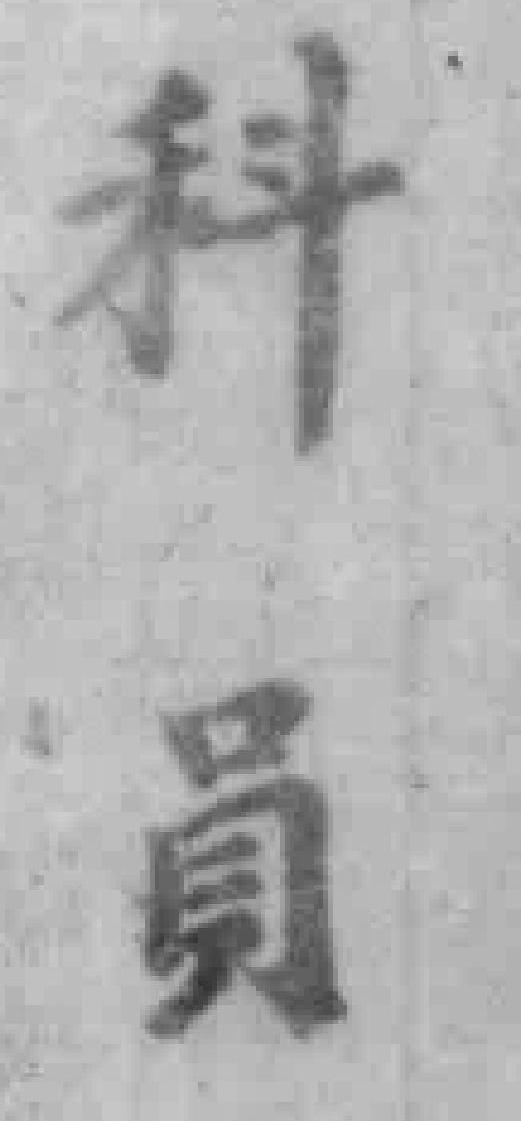
科員